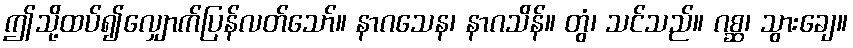
ဤသို့ထပ်၍လျှောက်ပြန်လတ်သော်။ နာဂသေန၊ နာဂသိန်။ တွံ၊ သင်သည်။ ဂစ္ဆ၊ သွားချေ။